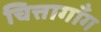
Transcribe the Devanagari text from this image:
चित्तागाँग